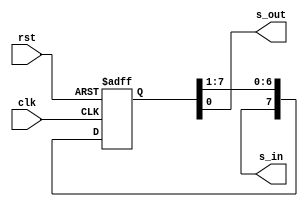
module shifter
#(parameter N = 8)
(
    input wire clk,rst,
    output wire s_in,
    output wire s_out
);

reg [N-1:0] r_reg;
wire [N-1:0] r_next;

always @(posedge clk, negedge rst)
begin
    if(~rst)
        r_reg <= 0;
    else
        r_reg <= r_next;
end

assign r_next = {s_in, r_reg[N-1:1]};
assign s_out = r_reg[0];

endmodule